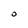
Character: O